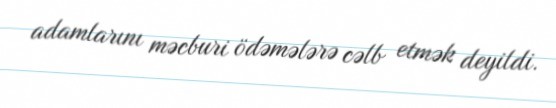
adamlarını məcburi ödəmələrə cəlb etmək deyildi.